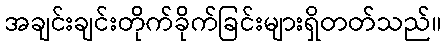
အချင်းချင်းတိုက်ခိုက်ခြင်းများရှိတတ်သည်။